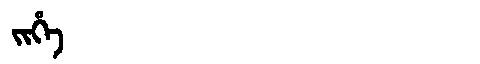
Manchu: ᠵᡳᡥᡝ
Romanization: JIHE